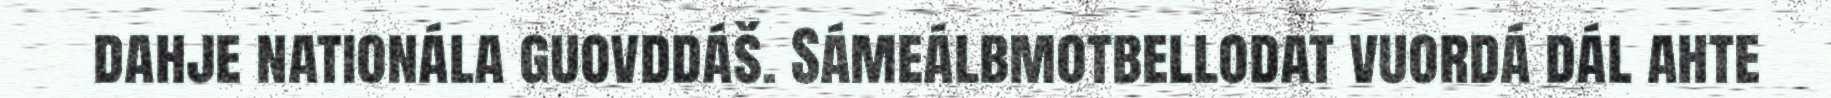
dahje nationála guovddáš. Sámeálbmotbellodat vuordá dál ahte